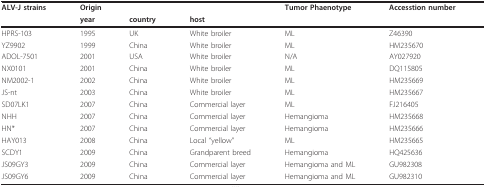
<table><thead><tr><td><b>ALV-J strains</b></td><td colspan="3"><b>Origin</b></td><td><b>Tumor Phaenotype</b></td><td><b>Accesstion number</b></td></tr><tr><td></td><td><b>year</b></td><td><b>country</b></td><td><b>host</b></td><td></td><td></td></tr></thead><tbody><tr><td>HPRS-103</td><td>1995</td><td>UK</td><td>White broiler</td><td>ML</td><td>Z46390</td></tr><tr><td>YZ9902</td><td>1999</td><td>China</td><td>White broiler</td><td>ML</td><td>HM235670</td></tr><tr><td>ADOL-7501</td><td>2001</td><td>USA</td><td>White broiler</td><td>N/A</td><td>AY027920</td></tr><tr><td>NX0101</td><td>2001</td><td>China</td><td>White broiler</td><td>ML</td><td>DQ115805</td></tr><tr><td>NM2002-1</td><td>2002</td><td>China</td><td>White broiler</td><td>ML</td><td>HM235669</td></tr><tr><td>JS-nt</td><td>2003</td><td>China</td><td>White broiler</td><td>ML</td><td>HM235667</td></tr><tr><td>SD07LK1</td><td>2007</td><td>China</td><td>Commercial layer</td><td>ML</td><td>FJ216405</td></tr><tr><td>NHH</td><td>2007</td><td>China</td><td>Commercial layer</td><td>Hemangioma</td><td>HM235668</td></tr><tr><td>HN*</td><td>2007</td><td>China</td><td>Commercial layer</td><td>Hemangioma</td><td>HM235666</td></tr><tr><td>HAY013</td><td>2008</td><td>China</td><td>Local &quot;yellow&quot;</td><td>ML</td><td>HM235665</td></tr><tr><td>SCDY1</td><td>2009</td><td>China</td><td>Grandparent breed</td><td>Hemangioma</td><td>HQ425636</td></tr><tr><td>JS09GY3</td><td>2009</td><td>China</td><td>Commercial layer</td><td>Hemangioma and ML</td><td>GU982308</td></tr><tr><td>JS09GY6</td><td>2009</td><td>China</td><td>Commercial layer</td><td>Hemangioma and ML</td><td>GU982310</td></tr></tbody></table>